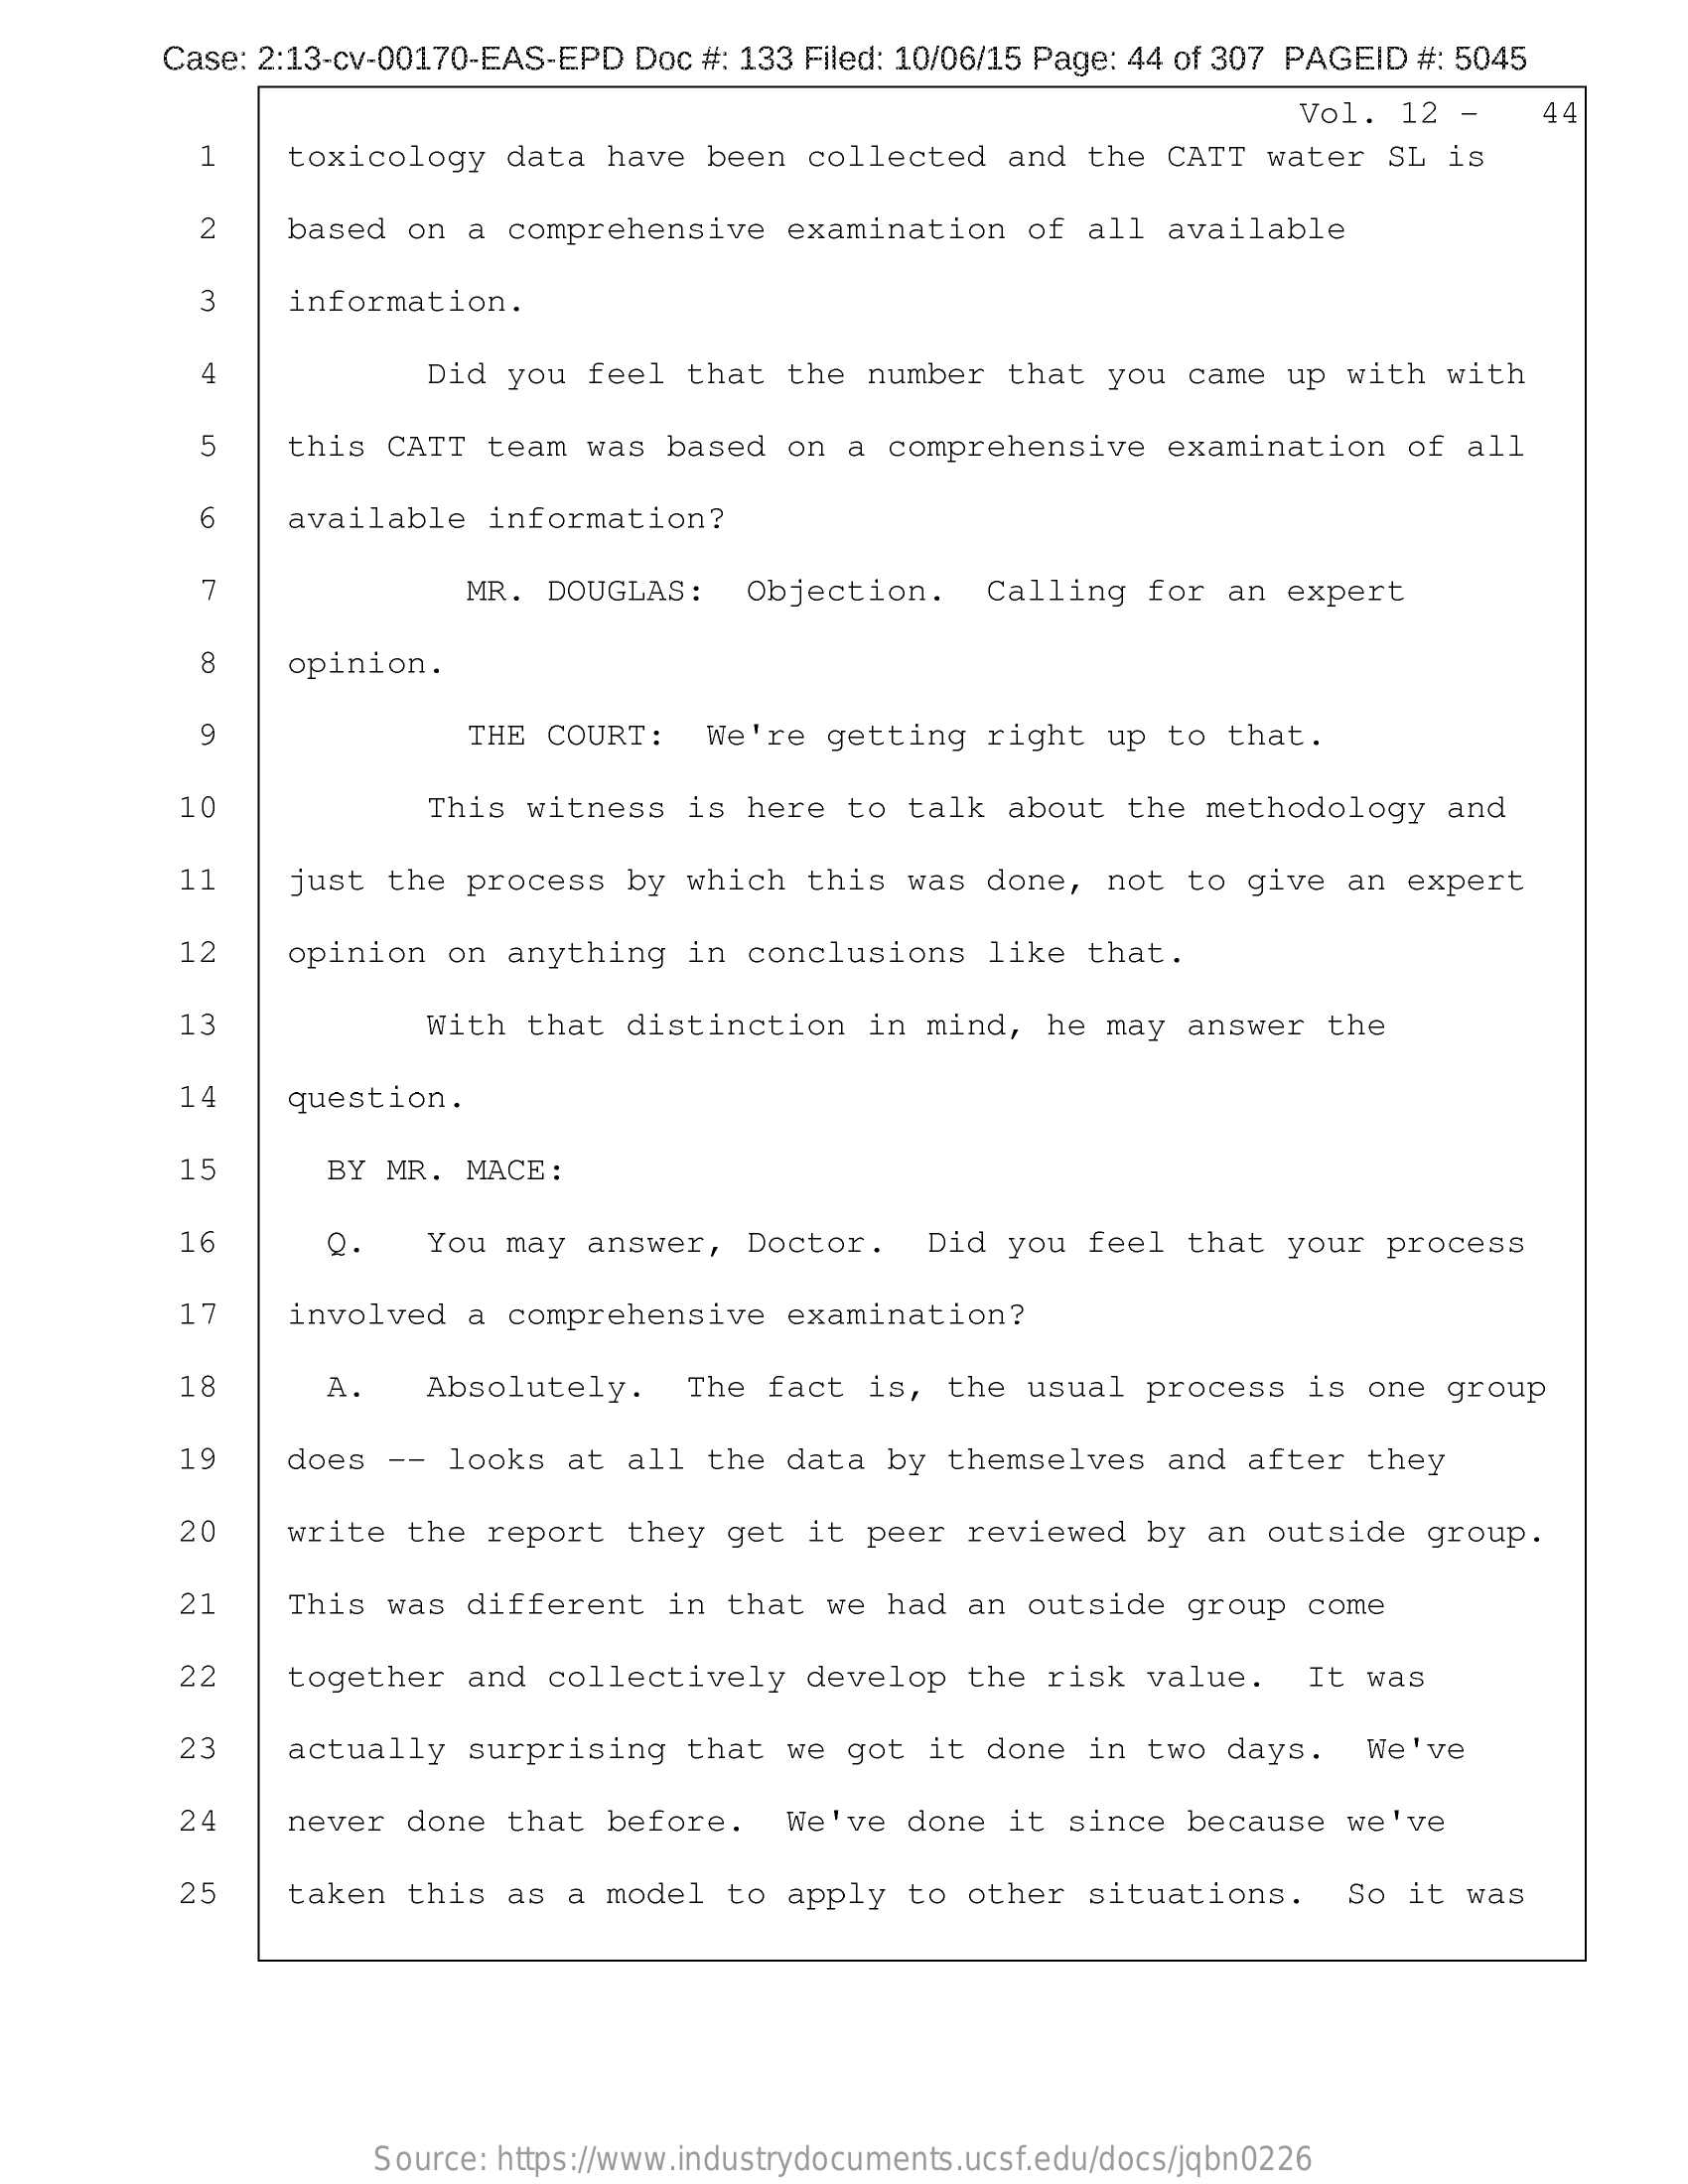
Case: 2:13-cv-00170-EAS-EPD Doc #: 133 Filed: 10/06/15 Page: 44 of 307 PAGEID #: 5045
     Vol. 12 -    44
     toxicology data have been  collected and the CATT  water SL is
     2   based on  a comprehensive  examination of all available
     3    information.
     4    Did you feel that  the number that you  came up with with
     5    this CATT team was based  on a comprehensive  examination of all
     6    available information?
     7    MR. DOUGLAS:  Objection.   Calling for  an expert
     8    opinion.
     9    THE COURT:  We're  getting right up  to that.
     10    This witness is here  to talk about the methodology  and
     11    just the process by which  this was done, not  to give an expert
     12    opinion on anything in conclusions  like that.
     13    With that distinction  in mind, he may  answer the
     14    question.
     15    BY MR.  MACE:
     16    Q.   You may answer, Doctor.   Did you feel  that your process
     17    involved a comprehensive  examination?
     18    A.    Absolutely.  The fact  is, the usual process  is one group
     19   does  -- looks at all the data  by themselves  and after they
     20   write  the report they get  it peer reviewed by  an outside group.
     21   This was  different in that  we had an outside  group come
     22   together  and collectively  develop the risk  value.  It was
     23    actually surprising that  we got it done in two days.   We've
     24   never  done that before.   We've done it since  because we've
     25    taken this as a model to  apply to other situations.   So it was
     Source: https://www.industrydocuments.ucsf.edu/docs/jqbn0226